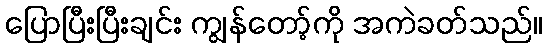
ပြောပြီးပြီးချင်း ကျွန်တော့်ကို အကဲခတ်သည်။